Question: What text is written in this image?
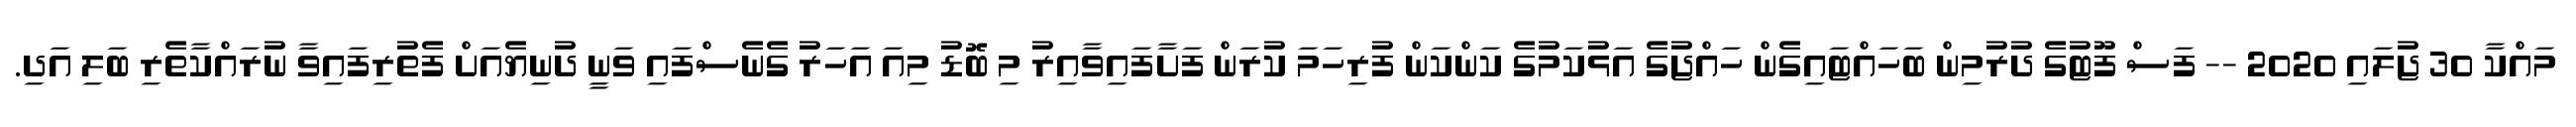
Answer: މައްކާ 30 ޖުލައި 2020 -- ފަސް ފޫޓުގެ ދުރުމިން ބަހައްޓައިގެން ހައްޖުގެ އަޅުކަމުގެ ކަންކަން ފުރިހަމަ ކުރަން ފަށާފައިވާއިރު މި ބޮޑު މިއަ އަހަރު ގެނެސްފައި ވަނީ ދުނިޔެއަށް ފެތުރިފައިވާ ނުރައްކާތެރި ބަލި އަދި.